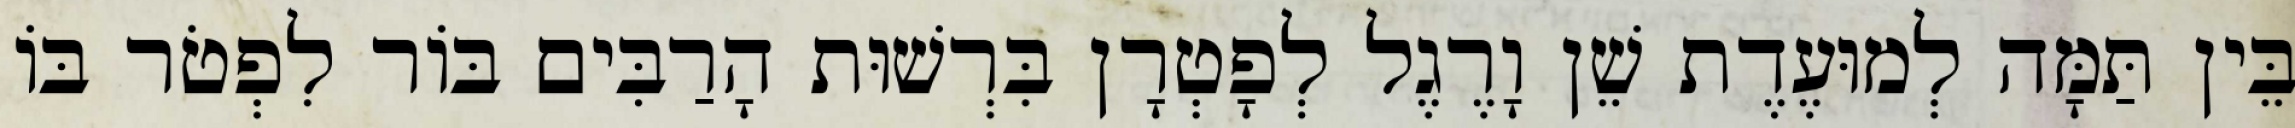
בֵּין תַּמָּה לְמוּעֶדֶת שֵׁן וָרֶגֶל לְפָטְרָן בִּרְשׁוּת הָרַבִּים בּוֹר לִפְטֹר בּוֹ